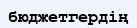
бюджетгердің